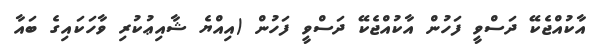
އާކުއްޖެކޭ ދަސްވީ ފަހުން އާކުއްޖެކޭ ދަސްވީ ފަހުން (އިއްޔެ ޝާއިޢުކުރި ވާހަކައިގެ ބައާ